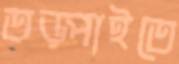
তড়্‌পাইতে